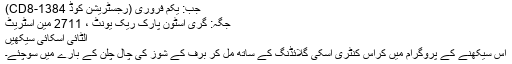
جب: یکم فروری (رجسٹریشن کوڈ CD8-1384)
جگہ: گری اسٹون پارک ریک یونٹ ، 2711 مین اسٹریٹ
الٹائی اسکائی سیکھیں
اس سیکھنے کے پروگرام میں کراس کنٹری اسکی گلائڈنگ کے ساتھ مل کر برف کے شوز کی چال چلن کے بارے میں سوچئے۔